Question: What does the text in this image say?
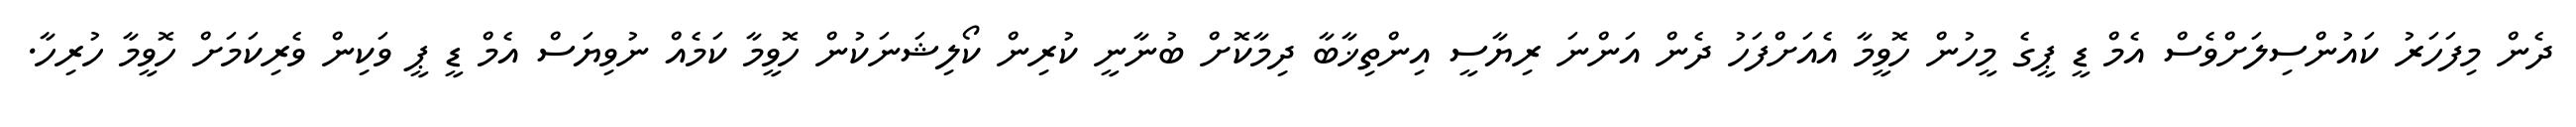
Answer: ދެން މިފަހަރު ކައުންސިލަށްވެސް އެމް ޑީ ޕީގެ މީހުން ހޮވީމާ އެއަށްފަހު ދެން އަންނަ ރިޔާސީ އިންތިޚާބާ ދިމާކޮށް ބުނާނީ ކުރިން ކޯލިޝަނަކުން ހޮވީމާ ކަމެއް ނުވިޔަސް އެމް ޑީ ޕީ ވަކިން ވެރިކަމަށް ހޮވީމާ ހުރިހާ.